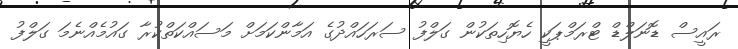
ރައީސް ޑޮނަލްޑް ޓްރަމްޕަކީ ހެޔޮހިތަކުން ގަލްފު ސަރަހައްދުގެ އަމާންކަމަށް މަސައްކަތްކުރާ ގައުމެއްނެމަ ގަލްފު